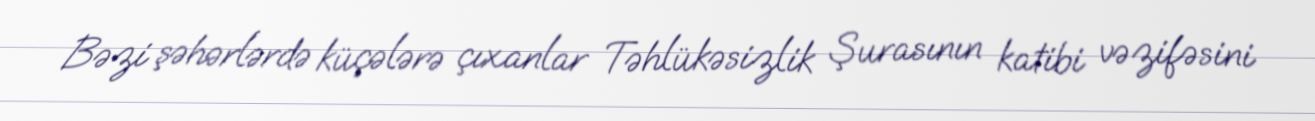
Bəzi şəhərlərdə küçələrə çıxanlar Təhlükəsizlik Şurasının katibi vəzifəsini